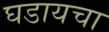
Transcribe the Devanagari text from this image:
घडायचा